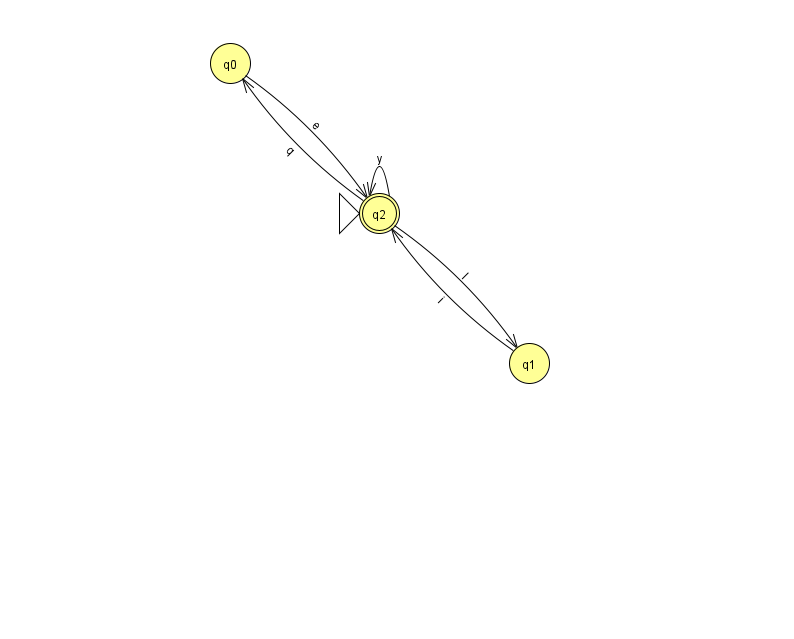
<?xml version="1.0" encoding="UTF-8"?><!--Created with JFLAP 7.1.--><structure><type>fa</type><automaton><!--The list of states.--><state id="0" name="q0"><x>230.0</x><y>50.0</y></state><state id="1" name="q1"><x>529.0</x><y>350.0</y></state><state id="2" name="q2"><x>379.0</x><y>200.0</y><initial/><final/></state><!--The list of transitions.--><transition><from>0</from><to>2</to><read>e</read></transition><transition><from>2</from><to>0</to><read>q</read></transition><transition><from>2</from><to>2</to><read>y</read></transition><transition><from>1</from><to>2</to><read>i</read></transition><transition><from>2</from><to>1</to><read>I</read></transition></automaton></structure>